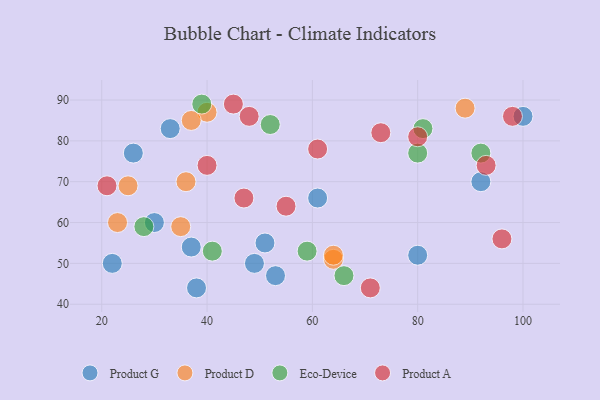
{"axis": {"x": "GDP", "y": "Life Expectancy"}, "legend": ["Eco-Device", "Product A", "Product D", "Product G"], "data": [{"x": "22", "y": 50, "type": "Product G"}, {"x": "53", "y": 47, "type": "Product G"}, {"x": "61", "y": 66, "type": "Product G"}, {"x": "100", "y": 86, "type": "Product G"}, {"x": "51", "y": 55, "type": "Product G"}, {"x": "80", "y": 52, "type": "Product G"}, {"x": "37", "y": 54, "type": "Product G"}, {"x": "92", "y": 70, "type": "Product G"}, {"x": "38", "y": 44, "type": "Product G"}, {"x": "26", "y": 77, "type": "Product G"}, {"x": "30", "y": 60, "type": "Product G"}, {"x": "49", "y": 50, "type": "Product G"}, {"x": "33", "y": 83, "type": "Product G"}, {"x": "40", "y": 87, "type": "Product D"}, {"x": "23", "y": 60, "type": "Product D"}, {"x": "25", "y": 69, "type": "Product D"}, {"x": "36", "y": 70, "type": "Product D"}, {"x": "35", "y": 59, "type": "Product D"}, {"x": "89", "y": 88, "type": "Product D"}, {"x": "37", "y": 85, "type": "Product D"}, {"x": "64", "y": 51, "type": "Product D"}, {"x": "64", "y": 52, "type": "Product D"}, {"x": "28", "y": 59, "type": "Eco-Device"}, {"x": "81", "y": 83, "type": "Eco-Device"}, {"x": "80", "y": 77, "type": "Eco-Device"}, {"x": "92", "y": 77, "type": "Eco-Device"}, {"x": "41", "y": 53, "type": "Eco-Device"}, {"x": "59", "y": 53, "type": "Eco-Device"}, {"x": "39", "y": 89, "type": "Eco-Device"}, {"x": "52", "y": 84, "type": "Eco-Device"}, {"x": "66", "y": 47, "type": "Eco-Device"}, {"x": "93", "y": 74, "type": "Product A"}, {"x": "73", "y": 82, "type": "Product A"}, {"x": "48", "y": 86, "type": "Product A"}, {"x": "96", "y": 56, "type": "Product A"}, {"x": "80", "y": 81, "type": "Product A"}, {"x": "45", "y": 89, "type": "Product A"}, {"x": "21", "y": 69, "type": "Product A"}, {"x": "55", "y": 64, "type": "Product A"}, {"x": "47", "y": 66, "type": "Product A"}, {"x": "40", "y": 74, "type": "Product A"}, {"x": "71", "y": 44, "type": "Product A"}, {"x": "98", "y": 86, "type": "Product A"}, {"x": "61", "y": 78, "type": "Product A"}]}